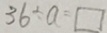
3 6 \div a = \square